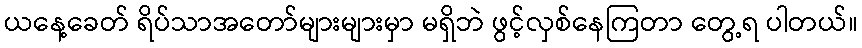
ယနေ့ခေတ် ရိပ်သာအတော်များများမှာ မရှိဘဲ ဖွင့်လှစ်နေကြတာ တွေ့ရ ပါတယ်။